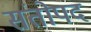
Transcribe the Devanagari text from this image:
संतोपद